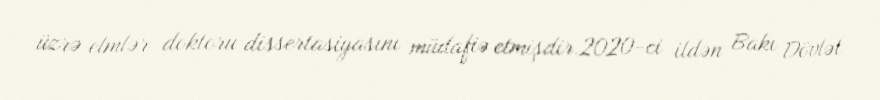
üzrə elmlər doktoru dissertasiyasını müdafiə etmişdir.2020-ci ildən Bakı Dövlət